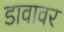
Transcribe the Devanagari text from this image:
डावावर